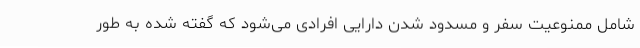
شامل ممنوعیت سفر و مسدود شدن دارایی افرادی می‌شود که گفته شده به طور